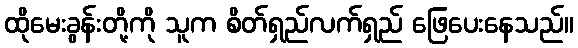
ထိုမေးခွန်းတို့ကို သူက စိတ်ရှည်လက်ရှည် ဖြေပေးနေသည်။